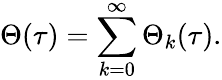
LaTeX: \Theta(\tau)=\sum_{k=0}^{\infty}\Theta_{k}(\tau).